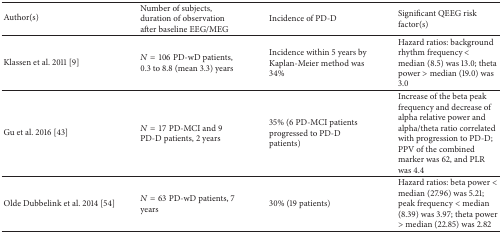
| Author(s) | Number of subjects, duration of observation after baseline EEG/MEG | Incidence of PD-D | Significant QEEG risk factor(s) |
 | --- | --- | --- | --- |
 | Klassen et al. 2011 [9] | N = 106 PD-wD patients, 0.3 to 8.8 (mean 3.3) years | Incidence within 5 years by Kaplan-Meier method was 34% | Hazard ratios: background rhythm frequency < median (8.5) was 13.0; theta power > median (19.0) was 3.0 |
 | Gu et al. 2016 [43] | N = 17 PD-MCI and 9 PD-D patients, 2 years | 35% (6 PD-MCI patients progressed to PD-D patients) | Increase of the beta peak frequency and decrease of alpha relative power and alpha/theta ratio correlated with progression to PD-D; PPV of the combined marker was 62, and PLR was 4.4 |
 | Olde Dubbelink et al. 2014 [54] | N = 63 PD-wD patients, 7 years | 30% (19 patients) | Hazard ratios: beta power < median (27.96) was 5.21; peak frequency < median (8.39) was 3.97; theta power > median (22.85) was 2.82 |